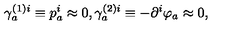
\gamma _ { a } ^ { ( 1 ) i } \equiv p _ { a } ^ { i } \approx 0 , \gamma _ { a } ^ { ( 2 ) i } \equiv - \partial ^ { i } \varphi _ { a } \approx 0 ,